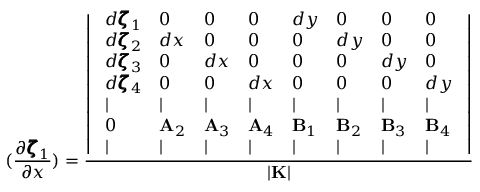
( \frac { \partial \pmb { \zeta } _ { 1 } } { \partial x } ) = \frac { \left| \begin{array} { l l l l l l l l } { ~ d \pmb { \zeta } _ { 1 } } & { 0 } & { 0 } & { 0 } & { d y } & { 0 } & { 0 } & { 0 ~ } \\ { ~ d \pmb { \zeta } _ { 2 } } & { d x } & { 0 } & { 0 } & { 0 } & { d y } & { 0 } & { 0 ~ } \\ { ~ d \pmb { \zeta } _ { 3 } } & { 0 } & { d x } & { 0 } & { 0 } & { 0 } & { d y } & { 0 ~ } \\ { ~ d \pmb { \zeta } _ { 4 } } & { 0 } & { 0 } & { d x } & { 0 } & { 0 } & { 0 } & { d y ~ } \\ { ~ | } & { | } & { | } & { | } & { | } & { | } & { | } & { | ~ } \\ { ~ 0 } & { { \bf A } _ { 2 } } & { { \bf A } _ { 3 } } & { { \bf A } _ { 4 } } & { { \bf B } _ { 1 } } & { { \bf B } _ { 2 } } & { { \bf B } _ { 3 } } & { { \bf B } _ { 4 } ~ } \\ { ~ | } & { | } & { | } & { | } & { | } & { | } & { | } & { | ~ } \end{array} \right| } { | { \bf K } | }